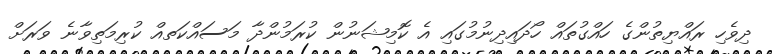
ދިވެހި ރައްޔިތުންގެ ހައްގުތައް ހޯދައިދިނުމުގައި އެ ކޮމިޝަނުން ކުރަމުންދާ މަސައްކަތއް ކުރިމަތިވާނެ ވަރަށް